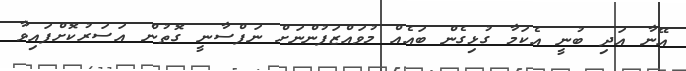
އޭނާ އަދި ބުނީ އެކަމާ ގުޅިގެން ބައެއް މުވައްޒަފުންނަށް ނަފްސާނީ ގޮތުން އަސަރުކޮށްފައިވާ